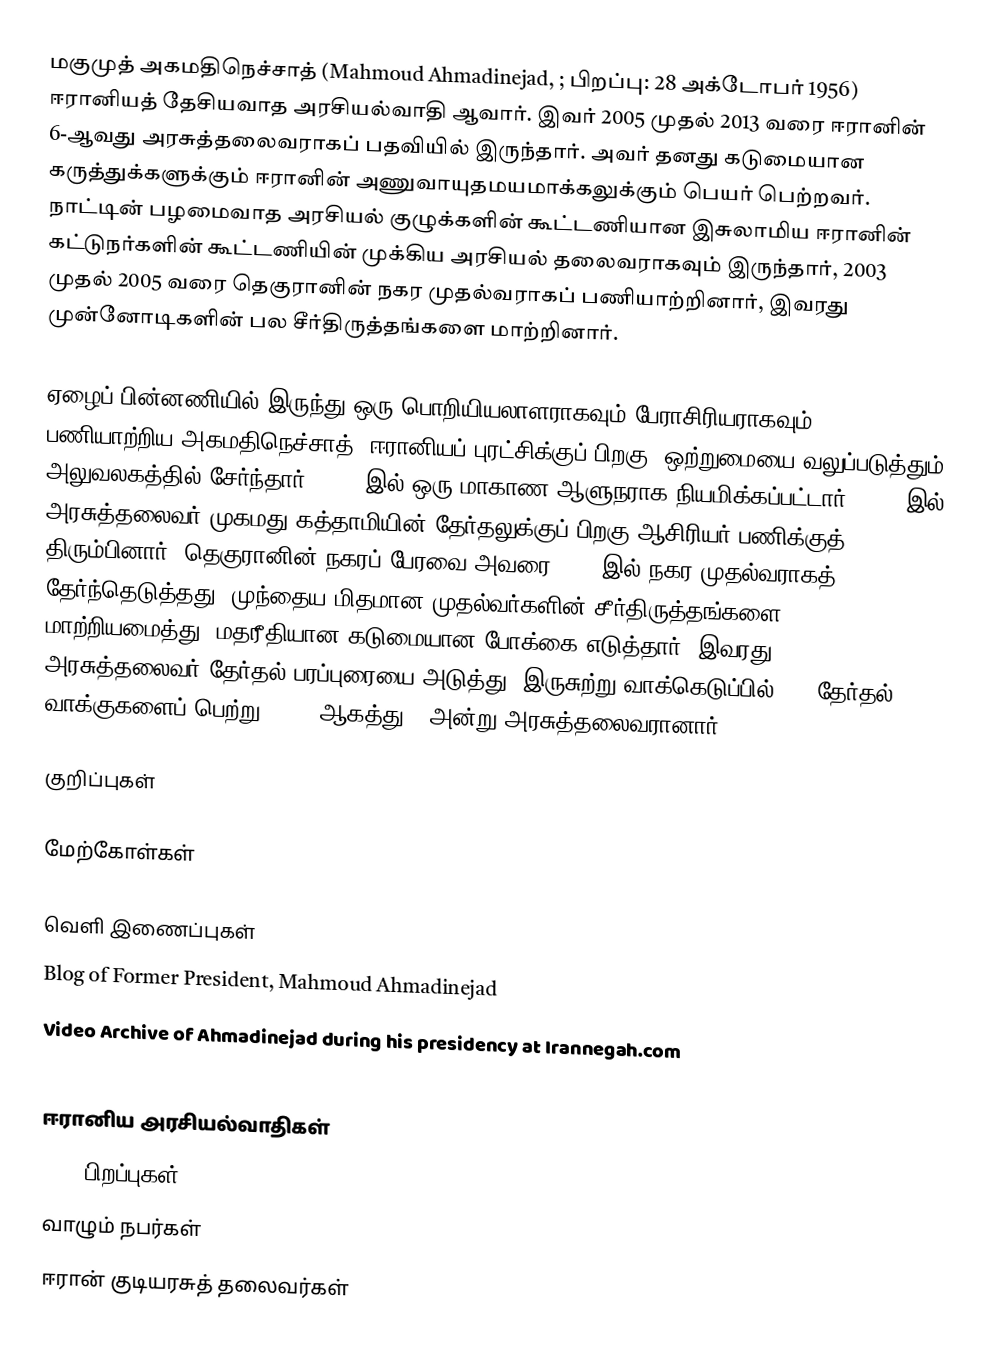
மகுமுத் அகமதிநெச்சாத் (Mahmoud Ahmadinejad, ; பிறப்பு: 28 அக்டோபர் 1956) ஈரானியத் தேசியவாத அரசியல்வாதி ஆவார். இவர் 2005 முதல் 2013 வரை ஈரானின் 6-ஆவது அரசுத்தலைவராகப் பதவியில் இருந்தார். அவர் தனது கடுமையான கருத்துக்களுக்கும் ஈரானின் அணுவாயுதமயமாக்கலுக்கும் பெயர் பெற்றவர். நாட்டின் பழமைவாத அரசியல் குழுக்களின் கூட்டணியான இசுலாமிய ஈரானின் கட்டுநர்களின் கூட்டணியின் முக்கிய அரசியல் தலைவராகவும் இருந்தார், 2003 முதல் 2005 வரை தெகுரானின் நகர முதல்வராகப் பணியாற்றினார், இவரது முன்னோடிகளின் பல சீர்திருத்தங்களை மாற்றினார்.

ஏழைப் பின்னணியில் இருந்து ஒரு பொறியியலாளராகவும் பேராசிரியராகவும் பணியாற்றிய அகமதிநெச்சாத், ஈரானியப் புரட்சிக்குப் பிறகு, ஒற்றுமையை வலுப்படுத்தும் அலுவலகத்தில் சேர்ந்தார். 1993-இல் ஒரு மாகாண ஆளுநராக நியமிக்கப்பட்டார், 1997-இல் அரசுத்தலைவர் முகமது கத்தாமியின் தேர்தலுக்குப் பிறகு ஆசிரியர் பணிக்குத் திரும்பினார். தெகுரானின் நகரப் பேரவை அவரை 2003-இல் நகர முதல்வராகத் தேர்ந்தெடுத்தது. முந்தைய மிதமான முதல்வர்களின் சீர்திருத்தங்களை மாற்றியமைத்து, மதரீதியான கடுமையான போக்கை எடுத்தார். இவரது 2005 அரசுத்தலைவர் தேர்தல் பரப்புரையை அடுத்து, இருசுற்று வாக்கெடுப்பில் 62% தேர்தல் வாக்குகளைப் பெற்று, 2005 ஆகத்து 3 அன்று அரசுத்தலைவரானார்.

குறிப்புகள்

மேற்கோள்கள்

வெளி இணைப்புகள்
 Blog of Former President, Mahmoud Ahmadinejad
 Video Archive of Ahmadinejad during his presidency at Irannegah.com

ஈரானிய அரசியல்வாதிகள்
1956 பிறப்புகள்
வாழும் நபர்கள்
ஈரான் குடியரசுத் தலைவர்கள்